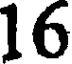
16